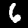
Digit: 6